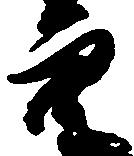
穴